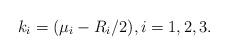
LaTeX: \begin{align*} k_i=(\mu_i-R_i/2),i=1,2,3.\end{align*}